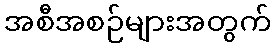
အစီအစဉ်များအတွက်